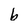
Character: b